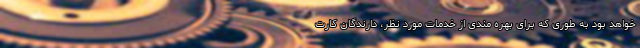
خواهد بود به طوری که برای بهره مندی از خدمات مورد نظر، دارندگان کارت